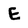
Character: E